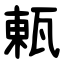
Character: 㼯